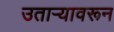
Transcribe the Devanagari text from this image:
उताऱ्यावरून